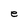
Character: e